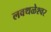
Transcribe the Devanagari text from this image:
लवथळेश्वर